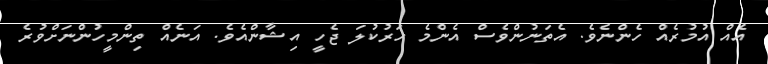
އެއް އުމުރެއް ހެންނެވެ. އެތަނުންވެސް އެންމެ ހަރުކުލަ ޖެހީ އިޝާންއެވެ. އަނެއް ތިންމީހުންނަށްވުރެ